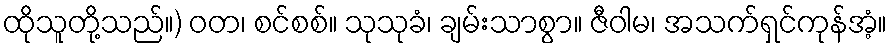
ထိုသူတို့သည်။) ဝတ၊ စင်စစ်။ သုသုခံ၊ ချမ်းသာစွာ။ ဇီဝါမ၊ အသက်ရှင်ကုန်အံ့။